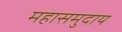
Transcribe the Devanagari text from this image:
महासमुदाय